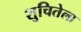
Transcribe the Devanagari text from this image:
शुचितेला